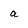
Character: a